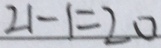
2 1 - 1 = 2 0